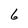
Character: 6